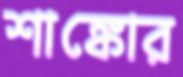
শাঙ্কোর